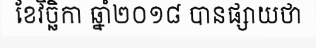
ខែវិច្ឆិកា ឆ្នាំ២០១៨ បានផ្សាយថា